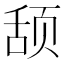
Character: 𬱠